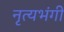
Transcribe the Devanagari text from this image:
नृत्यभंगी